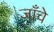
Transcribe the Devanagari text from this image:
जाँचे